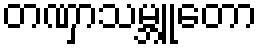
တဏှာသမ္ဘူတော